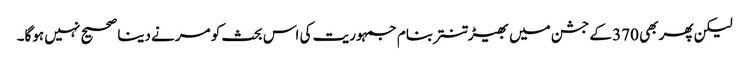
لیکن پھر بھی 370 کے جشن میں بھیڑ تنتر بنام جمہوریت کی اس بحث کو مرنے دینا صحیح نہیں ہوگا۔